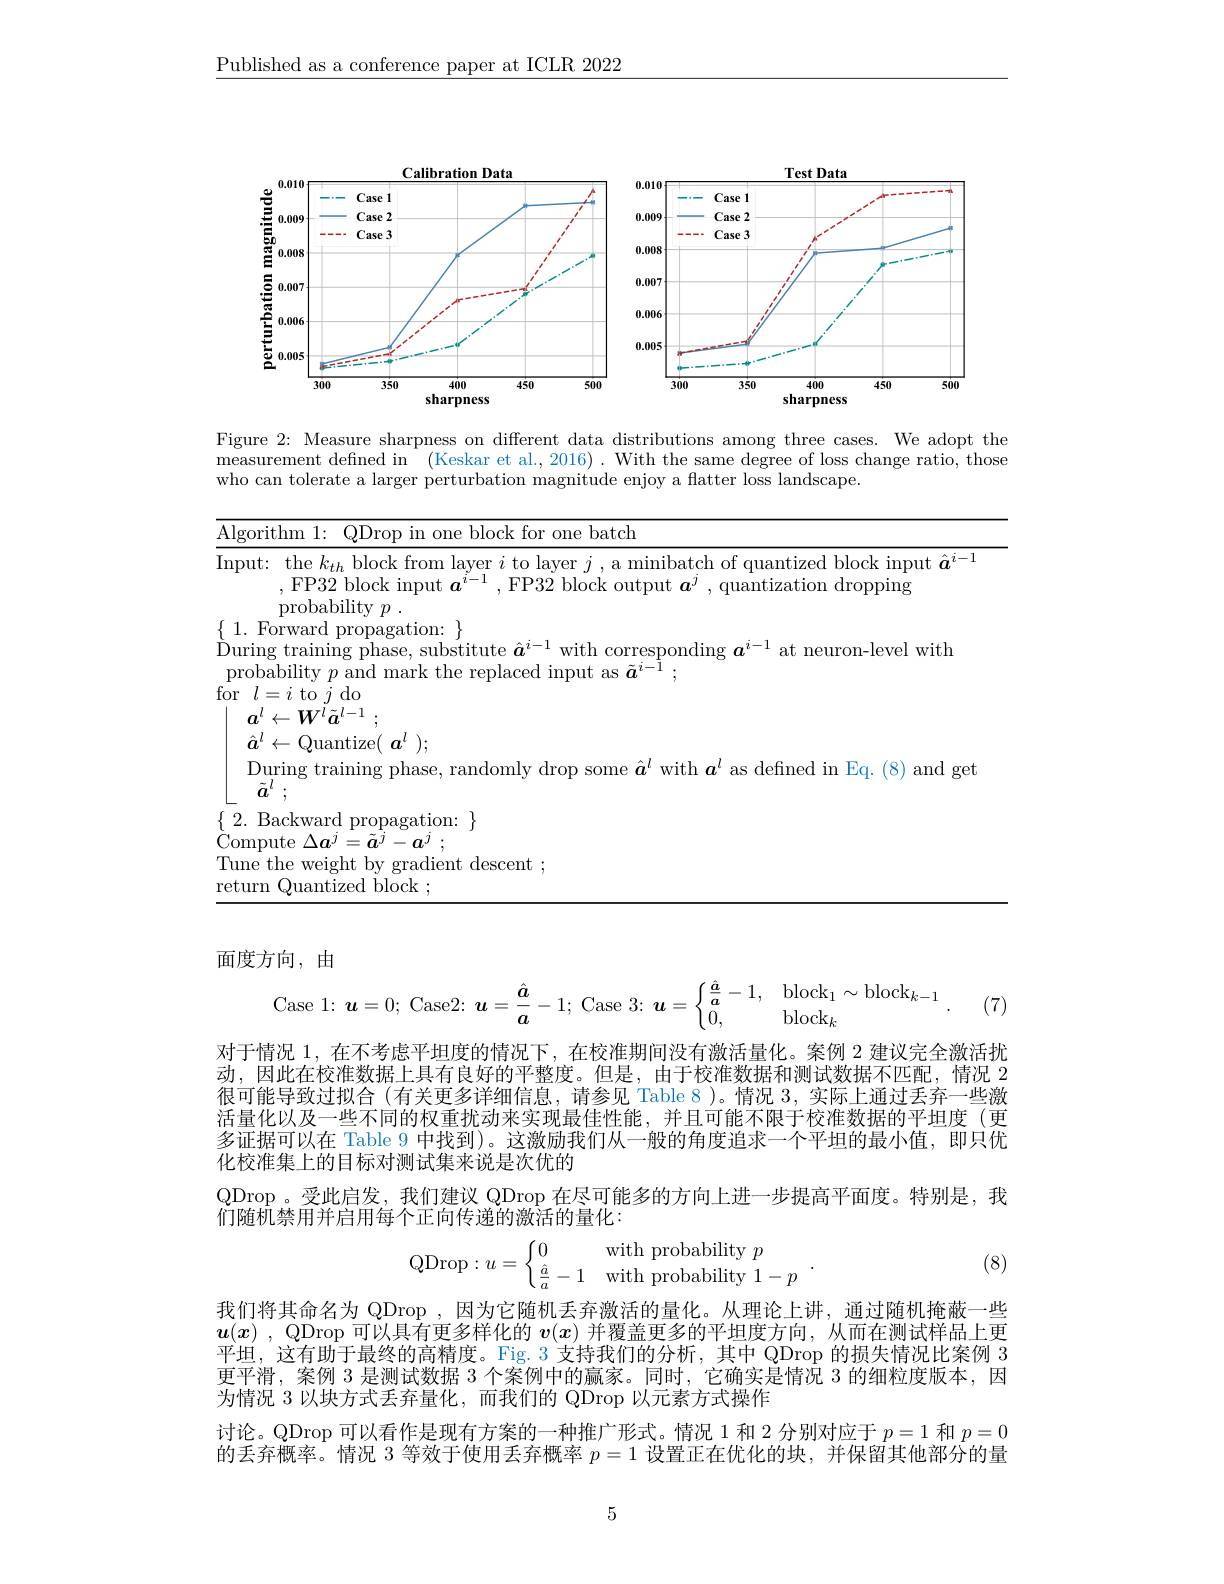
$\underline{\text{Published as a conference paper at ICLR 2022}}$

<FigureHere>

<table>
	<tbody>
		<tr>
			<td>mea who</td>
			<td>rement defined in . (Keskar et al., 2016). With the same degree of loss change ratio, t an tolerate a larger perturbation magnitude enjoy a flatter loss landscape.</td>
		</tr>
		<tr>
			<td>$\overline{\mathrm{Alg}}$</td>
			<td>ithm for one batch</td>
		</tr>
		<tr>
			<td>$\operatorname{lnp}$</td>
			<td>the $k_{th}$ block from layer $i$ to layer $j$, a minibatch of quantized block input $\hat{\boldsymbol{a}}^{i-}$ ,FP32 block input $\boldsymbol{a}^i-1$, FP32 block output $\boldsymbol{a}^j$,quantization dropping ${\mathrm{probability}}p$ .</td>
		</tr>
	</tbody>
</table>

面度方向，由
$$\mathrm{Case~1:~}\boldsymbol{u}=0;\:\mathrm{Case2:~}\boldsymbol{u}=\frac{\hat{\boldsymbol{a}}}{\boldsymbol{a}}-1;\:\mathrm{Case~3:~}\boldsymbol{u}=\begin{cases}\frac{\hat{\boldsymbol{a}}}{\boldsymbol{a}}-1,&\mathrm{block}_1\sim\mathrm{block}_{k-1}\\0,&\mathrm{block}_k\end{cases}.$$
(7)

对于情况 1, 在不考虑平坦度的情況下，在校淮期间没有激活量化。案例 2 建议完全激活扰动，因此在校准数据上具有良好的平整度。但是，由于校准数据和测试数据不匹配，情况 2很可能导致过拟合 (有关更多详细信息，请参见 Table 8 )。情况3，实际上通过丢弃一些激活量化以及一些不同的权重扰动来实现最佳性能，并且可能不限于校准数据的平坦度(更多证据可以在 Table 9 中找到)。这激励我们从一般的角度追求一个平坦的最小值，即只优化校准集上的目标对测试集来说是次优的
QDrop 。受此启发，我们建议 QDrop 在尽可能多的方向上进一步提高平面度。特别是，我
$\bar{\text{们随机禁用并启用每个正向传递的激活的量化}}:$
$$\mathrm{QDrop}:u=\left\{\begin{matrix}0&\text{with probability}\:p\\\frac{\hat{a}}{a}-1&\text{with probability}\:1-p\end{matrix}\right..$$
(8)

我们将其命名为 QDrop ,因为它随机丢弃激活的量化。从理论上讲，通过随机掩蔽一些$\boldsymbol{u}( \boldsymbol{x})$ , QDrop 可以具有更多样化的$v(x)$并覆盖更多的平坦度方向，从而在测试样品上更平坦，这有助于最终的高精度。Fig.3 支持我们的分析，其中 QDrop 的损失情况比案例 3更平滑，案例 3 是测试数据 3 个案例中的赢家。同时，它确实是情况 3 的细粒度版本，因为情况 3 以块方式丢弃量化，而我们的 QDrop 以元素方式操作
讨论。QDrop 可以看作是现有方案的一种推广形式。情况 1 和 2 分别对应于$p=1$和$p=0$ 的丢弃概率。情况 3 等效于使用丢弃概率$p=1$设置正在优化的块，并保留其他部分的量

5